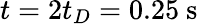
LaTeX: t=2t_{D}=0.25\mathrm{~s~}